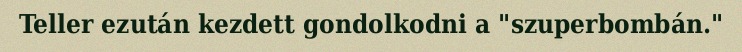
Teller ezután kezdett gondolkodni a "szuperbombán."